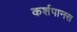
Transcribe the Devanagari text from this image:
कर्शपानस